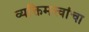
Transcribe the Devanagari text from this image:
व्यक्तिमत्त्वांचा